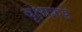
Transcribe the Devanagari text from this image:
वृक्षाकडे